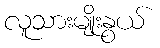
လူသားမျိုးနွယ်